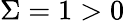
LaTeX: \Sigma=1>0